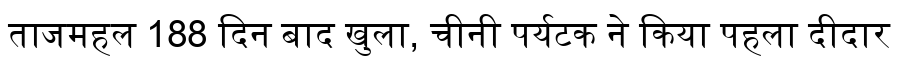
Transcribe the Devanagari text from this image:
ताजमहल 188 दिन बाद खुला, चीनी पर्यटक ने किया पहला दीदार